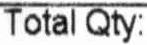
TOTAL QTY: